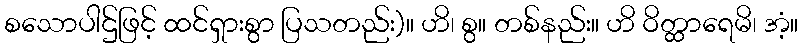
စသောပါဌ်ဖြင့် ထင်ရှားစွာ ပြသတည်း)။ ဟိ၊ စွ။ တစ်နည်း။ ဟိ ဝိတ္ထာရေမိ၊ အံ့။